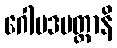
ဂေါပဒမတ္တာနိ